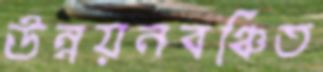
উন্নয়নবঞ্চিত